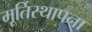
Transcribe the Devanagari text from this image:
मूर्तिस्थापना